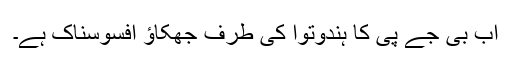
اب بی جے پی کا ہندوتوا کی طرف جھکاؤ افسوسناک ہے۔